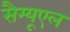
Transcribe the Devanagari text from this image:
सैम्यूएल